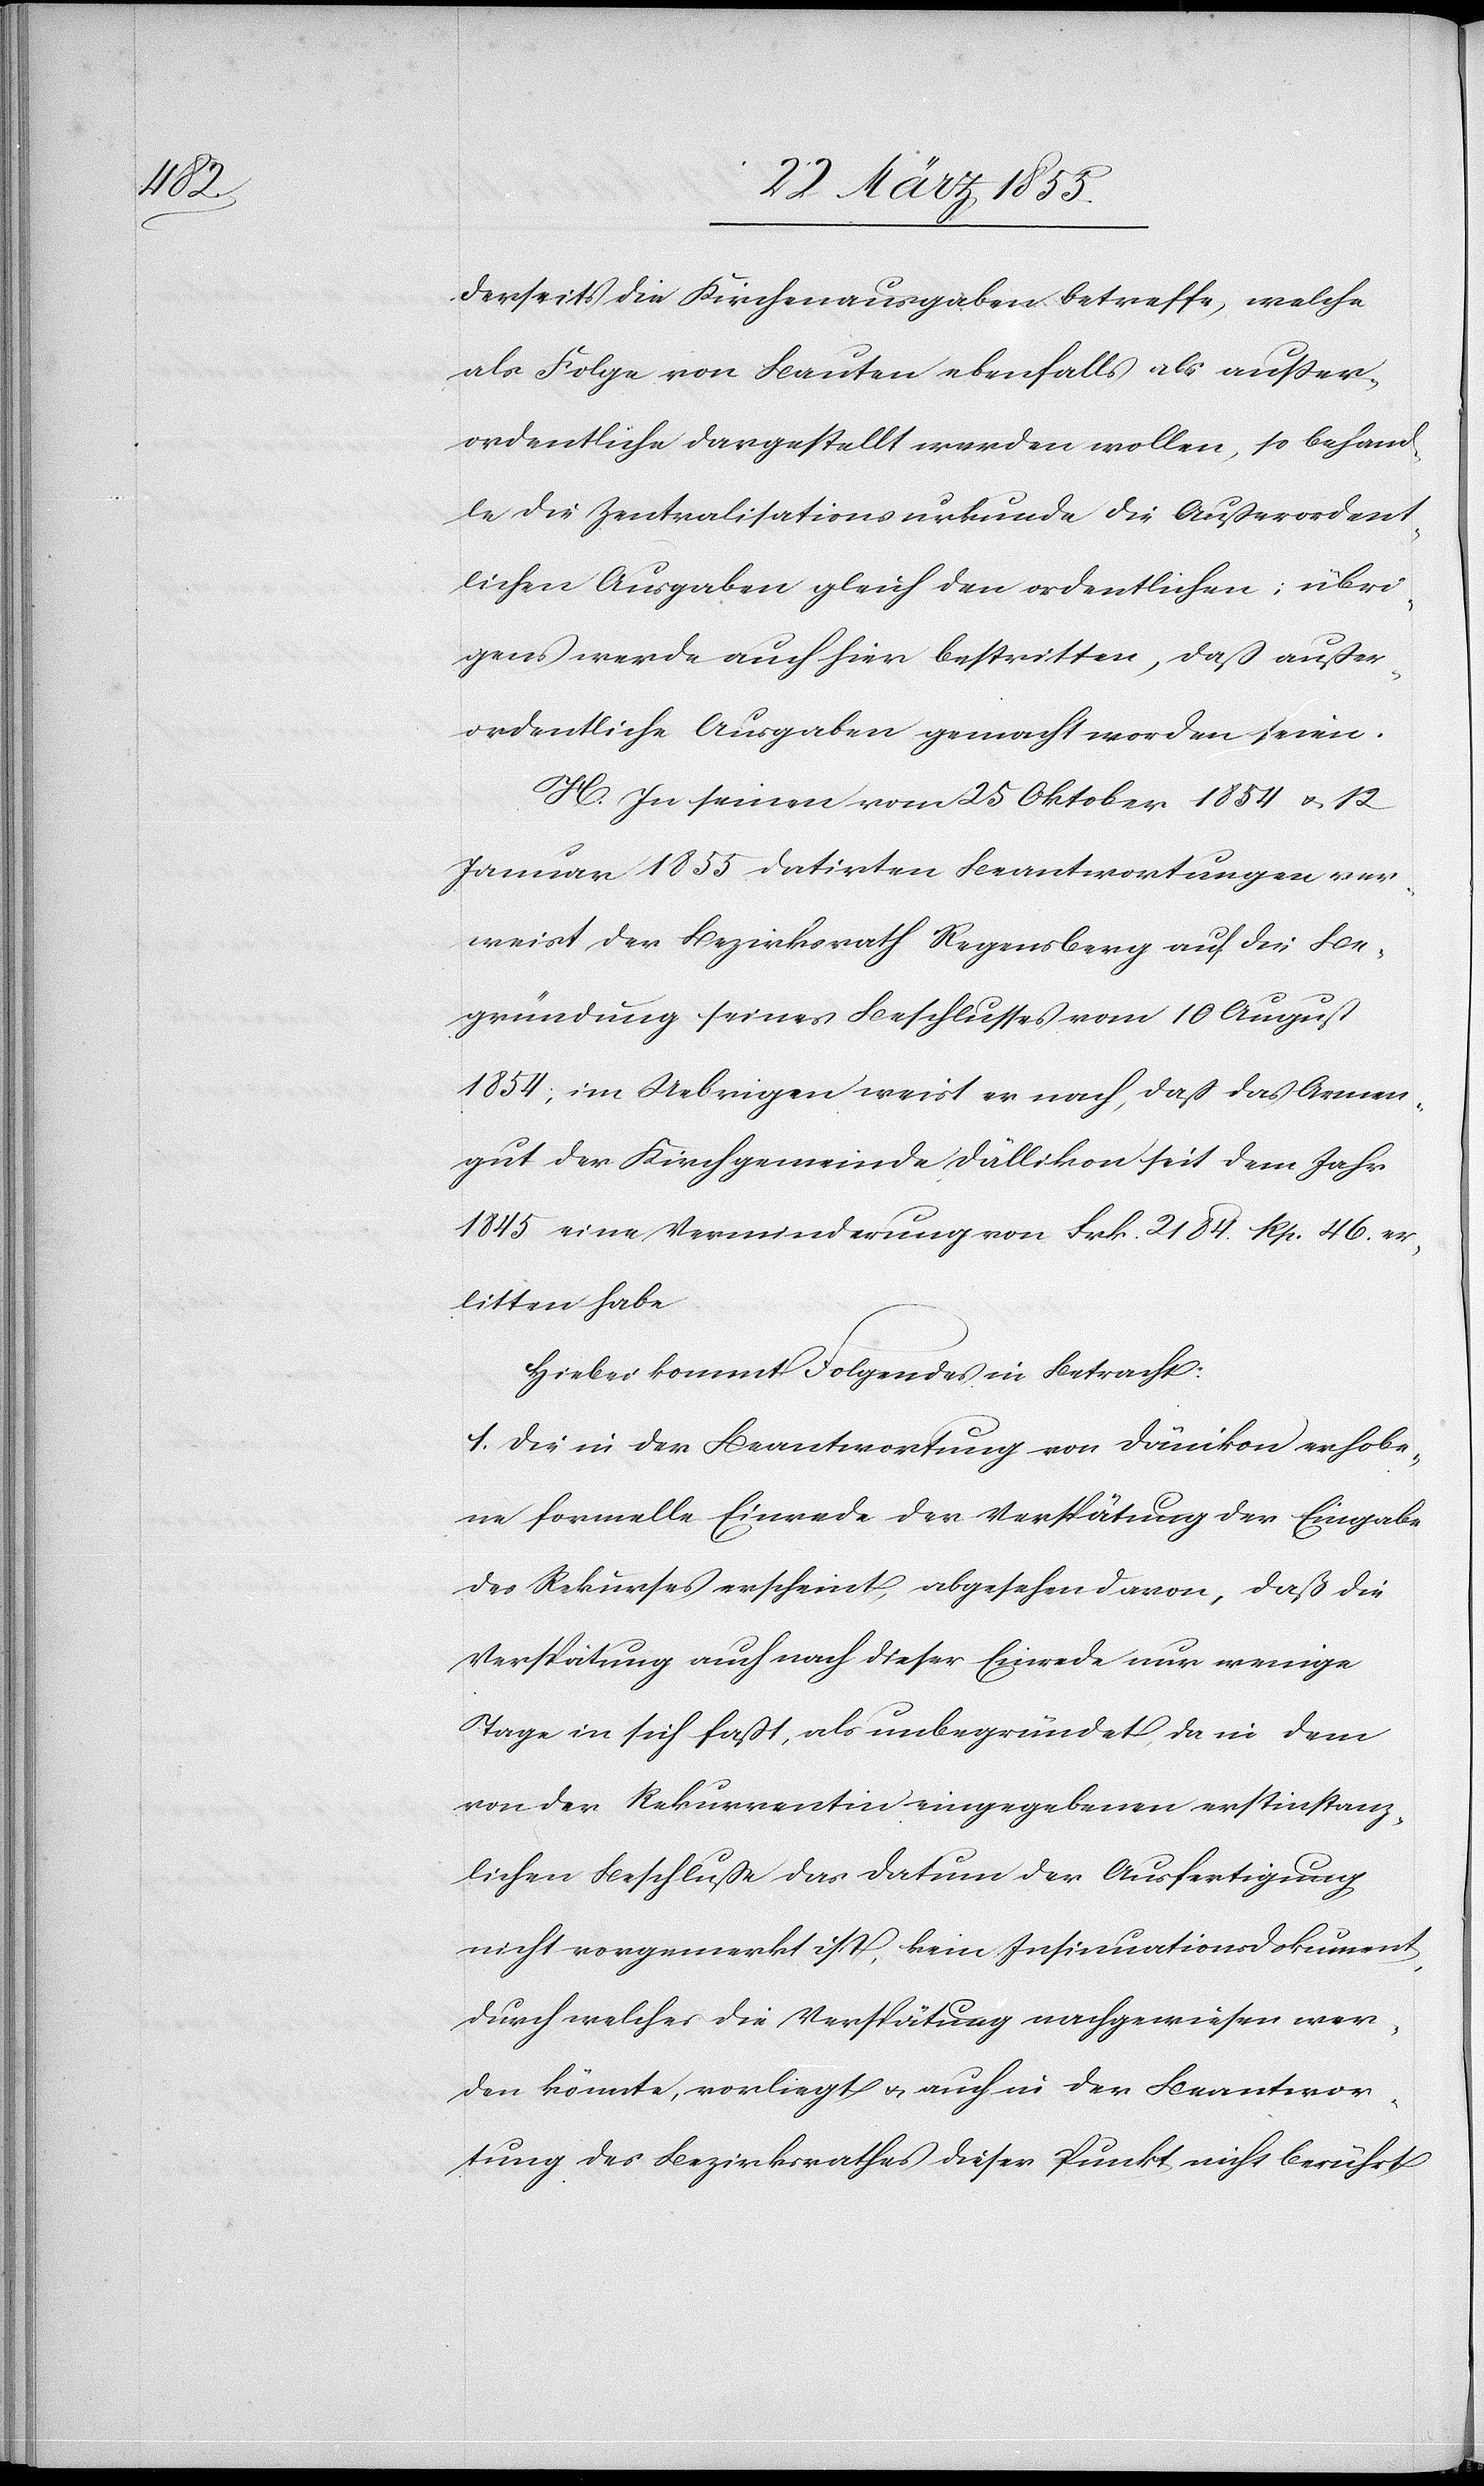
derseits die Kirchenausgaben betreffe, welche
als Folge von Bauten ebenfalls als ausser¬
ordentliche dargestellt werden wollen, so behand¬
le die Zentralisationsurkunde die Außerordent¬
lichen Ausgaben gleich den ordentlichen; übri¬
gens werde auch hier bestritten, daß außer¬
ordentliche Ausgaben gemacht worden seien.
H. In seinen vom 25 Oktober 1854 & 12
Januar 1855 datirten Beantwortungen ver¬
weist der Bezirksrath Regensberg auf die Be¬
gründung seines Beschlusses vom 10 August
1854; im Uebrigen weist er nach, daß das Armen¬
gut der Kirchgemeinde Dällikon seit dem Jahr
1845 eine Verminderung von Frk. 2184. Rp. 46. er¬
litten habe.
Hiebei kommt Folgendes in Betracht:
1. Die in der Beantwortung von Dänikon erhobe¬
ne formelle Einrede der Verspätung der Eingabe
des Rekurses erscheint, abgesehen davon, daß die
Verspätung auch nach dieser Einrede nur wenige
Tage in sich faßt, als unbegründet, da in dem
von der Rekurrentin eingegebenen erstinstanz¬
lichen Beschluße das Datum der Ausfertigung
nicht vorgemerkt ist, kein Insinuationsdokument,
durch welche die Verspätung nachgewiesen wer¬
den könnte, vorliegt & auch in der Beantwor¬
tung des Bezirksrathes dieser Punkt nicht berührt